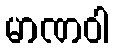
မာဏဝါ